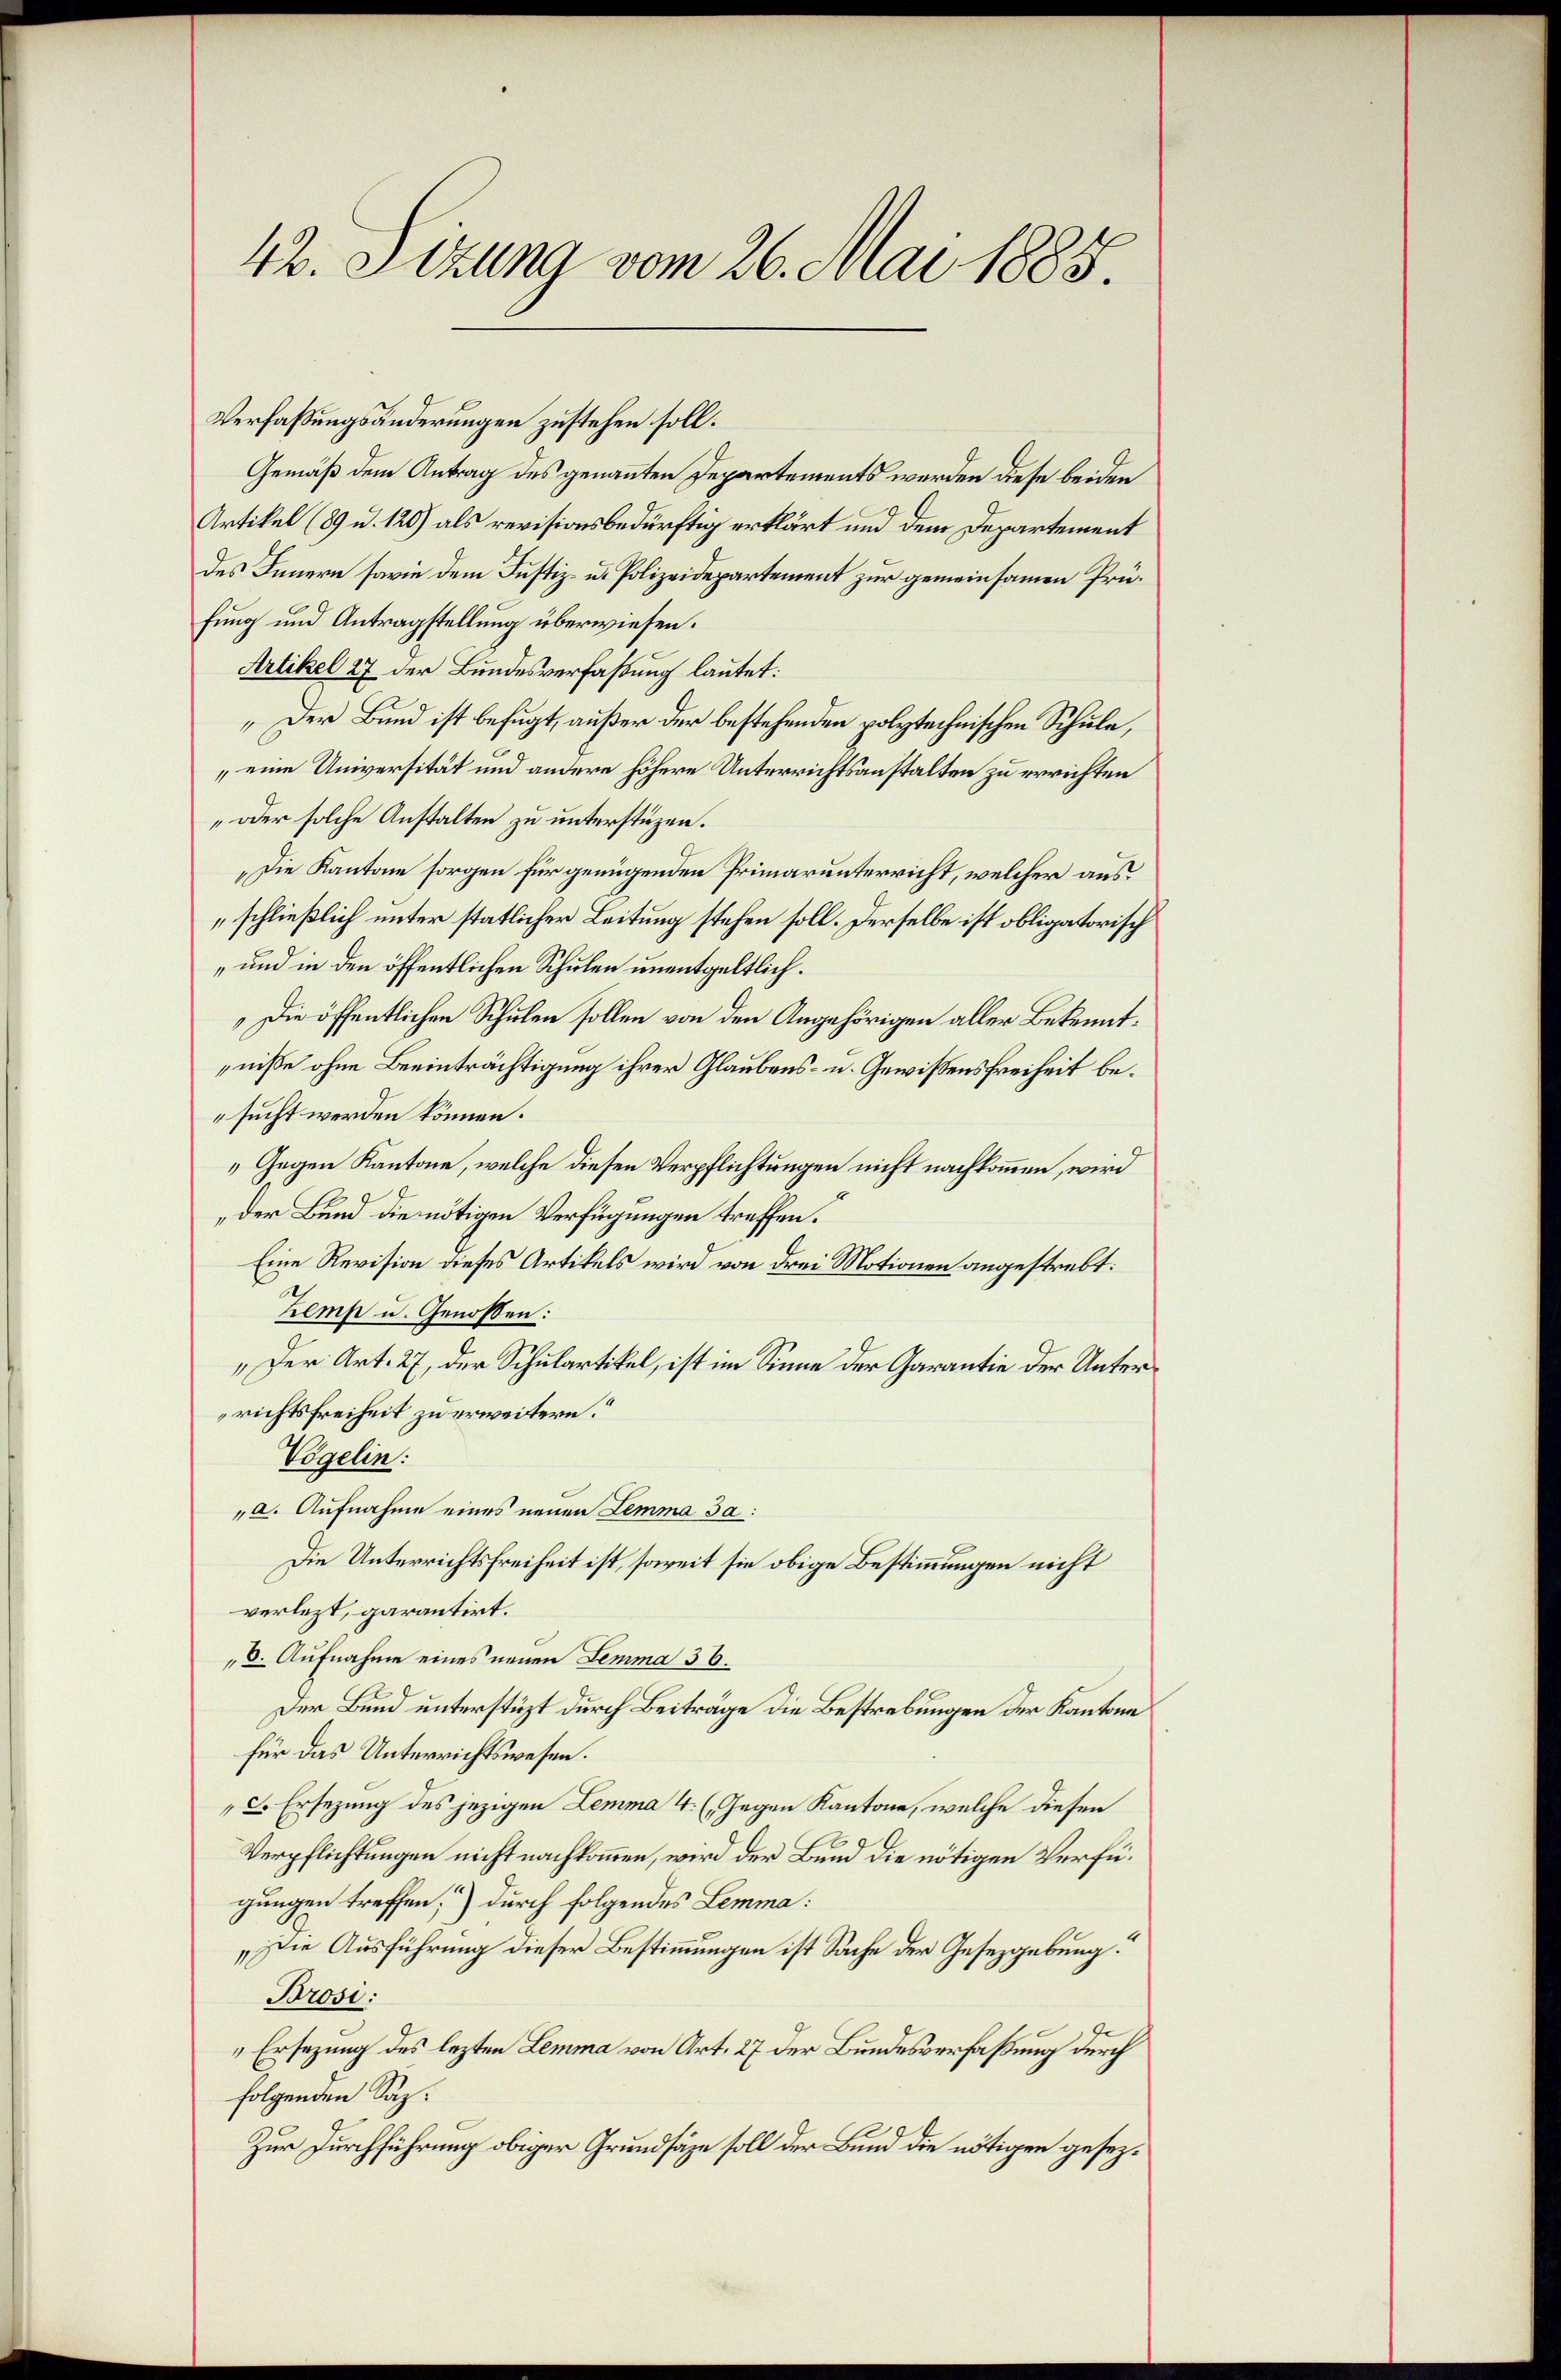
42. Sizung vom 26. Mai 1885.

Verfaßungsänderungen zustehen soll.
Gemäß dem Antrag des genannten Departements werden diese beiden
Artikel (89 u. 120) als revisionsbedürftig erklärt und dem Departement
des Innern sowie dem Justiz- u. Polizeidepartement zur gemeinsamen Prüfung und Antragstellung überwiesen.
Artikel 27 der Bundesverfassung lautet:
„Der Bund ist befugt, außer der bestehenden polytechnischen Schule,
„eine Universität und andere höhere Unterrichtsanstalten zu errichten
oder solche Anstalten zu unterstüzen.
„Die Kantone sorgen für genügenden Primarunterricht, welcher aus
schließlich unter statlicher Leitung stehen soll. Derselbe ist obligatorisch
„und in den öffentlichen Schulen unentgeltlich.
Die öffentlichen Schulen sollen von den Angehörigen aller Bekenntniße ohne Beeinträchtigung ihrer Glaubens- u. Gewissens Freiheit besucht werden können.
„Gegen Kantone, welche diesen Verpflichtungen nicht nachkommen, wird
der Bund die nötigen Verfügungen treffen.
Eine Revision dieses Artikels wird von drei Motionen angestrebt:
Lemp u. Genossen:
„Der Art. 27, der Schulartikel, ist im Sinne der Garantie der Unterrichtsfreiheit zu erweitern.“
Vögelin:
„a. Aufnahme eines neuen Lemma da:
Die Unterrichtsfreiheit ist, soweit sie obige Bestimmungen nicht
verletzt, garantirt.
6. Aufnahme eines neuen Lemma 36.
Der Bund unterstüzt durch Beiträge die Bestrebungen der Kantone
für das Unterrichtswesen.
c. Ersezung des jezigen Lemma 4 (Gegen Kantone, welche diesen
9
Verpflichtungen nicht nachkommen, wird der Bum die nötigen Verfügungen treffen,“) durch folgendes Lemma:
„Die Ausführung dieser Bestimmungen ist Sache der Gesetzgebung:
Brosi:
Ersezung des lezten Lemma von Art. 27 der Bundesverfaßung durch
folgenden Saz.
Zur Durchführung obiger Grundsätze soll der Bund die nötigen gesez¬